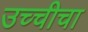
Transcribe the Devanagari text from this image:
उच्चीचा